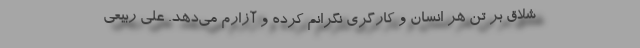
شلاق بر تن هر انسان و کارگری نگرانم کرده و آزارم می‌دهد. علی ربیعی